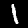
Label: 1